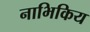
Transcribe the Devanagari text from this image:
नाभिकिय